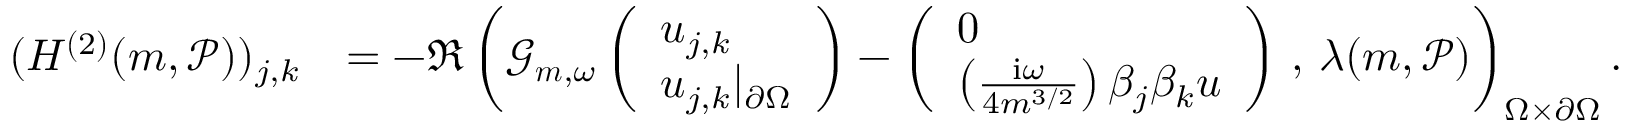
\begin{array} { r l } { ( H ^ { ( 2 ) } ( \boldsymbol { m } , \mathcal { P } ) ) _ { j , k } } & { = - \Re \left( \mathcal { G } _ { \boldsymbol { m } , \omega } \left( \begin{array} { l } { u _ { j , k } } \\ { u _ { j , k } \vert _ { \partial \Omega } } \end{array} \right) - \left( \begin{array} { l } { 0 } \\ { \left( \frac { \mathrm { i } \omega } { 4 m ^ { 3 / 2 } } \right) \beta _ { j } \beta _ { k } u } \end{array} \right) \, , \, \lambda ( \boldsymbol { m } , \mathcal { P } ) \right) _ { \Omega \times \partial \Omega } . } \end{array}